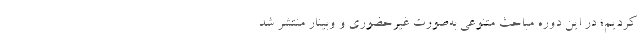
کردیم؛ در این دوره مباحث متنوعی به‌صورت غیرحضوری و وبینار منتشر شد